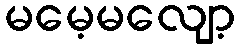
မမေ့မလျော့